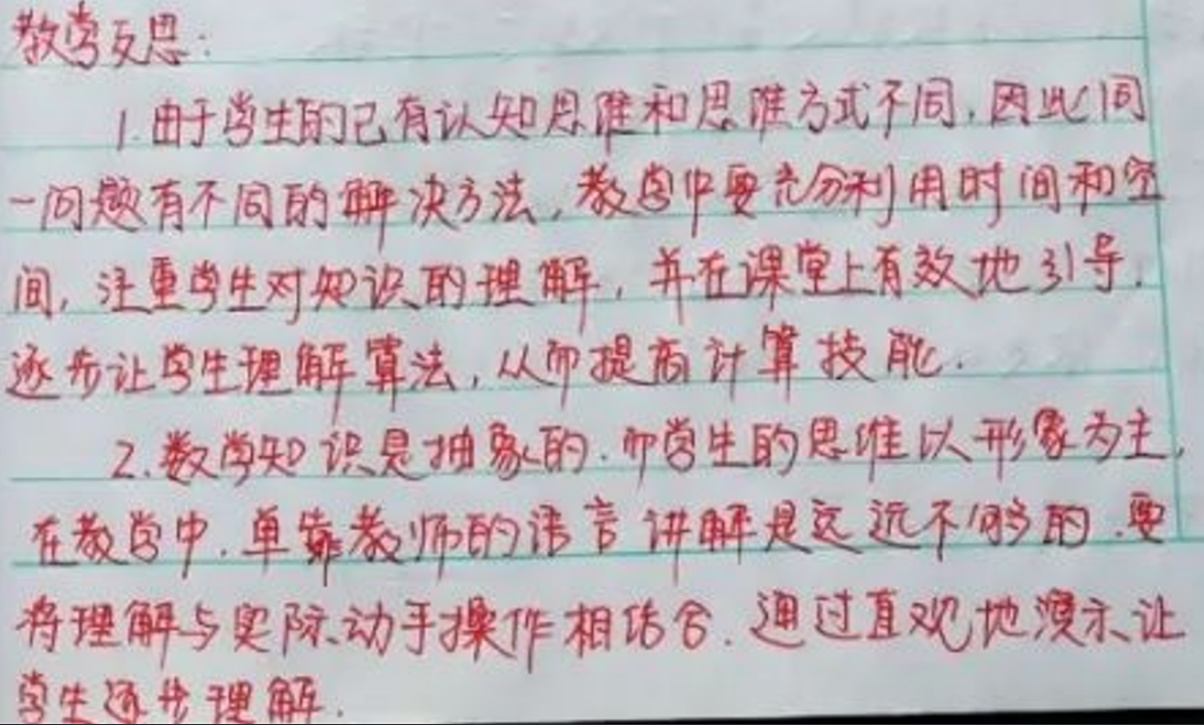
教学反思：

1. 由于学生的已有认知水平和思维方式不同，因此同一问题有不同的解决方法，教学中要充分利用时间和空间，注重学生对知识的理解，并在课堂上有效地引导，逐步让学生理解算法，以提高计算技能。

2. 数学知识是抽象的，而学生的思维以形象为主，在教学中，单靠教师的语言讲解是远远不够的，要将理解与实际动手操作相结合，通过直观地演示让学生逐步理解。